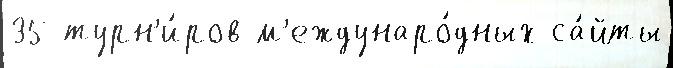
35 турн'и́ров м'еждунаро́дных са́йты